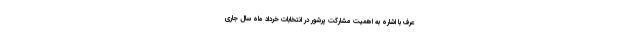
عرف با اشاره به اهمیت مشارکت پرشور در انتخابات خرداد ماه سال جاری